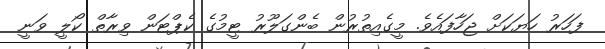
ފަހަރު ހަޔަކަށް ޖަހާފައެވެ. މީގެއިތުރުން ބެންގަލޫރު ޓީމުގެ ކެޕްޓަން ވިރާތް ކޯލީ ވަނީ